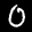
Label: 0